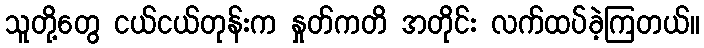
သူတို့တွေ ငယ်ငယ်တုန်းက နှုတ်ကတိ အတိုင်း လက်ထပ်ခဲ့ကြတယ်။